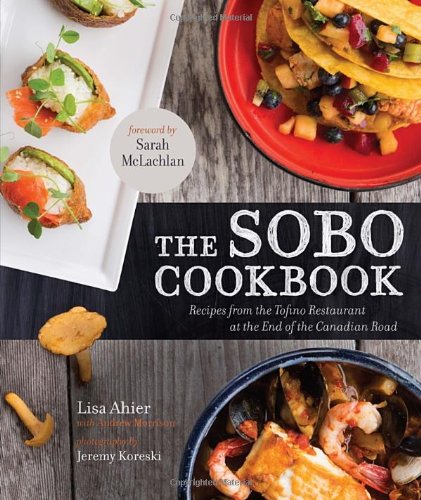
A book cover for The Sobo Cookbook: Recipes from the Tofino Restaurant at the End of the Canadian Road; Lisa Ahier; Cookbooks, Food & Wine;